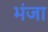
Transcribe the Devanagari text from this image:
भंजा